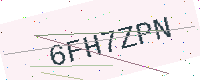
Text: 6FH7ZPN